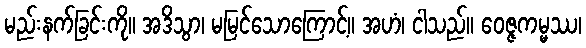
မည်းနက်ခြင်းကို။ အဒိသွာ၊ မမြင်သောကြောင့်။ အဟံ၊ ငါသည်။ ဝေဇ္ဇကမ္မဿ၊